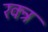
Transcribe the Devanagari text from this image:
रक्त्र